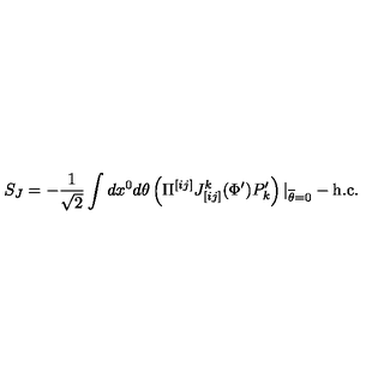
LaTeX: S _ { J } = - { \frac { 1 } { \sqrt 2 } } \int d x ^ { 0 } d \theta \left( \Pi ^ { [ i j ] } J _ { [ i j ] } ^ { k } ( \Phi ^ { \prime } ) P _ { k } ^ { \prime } \right) | _ { \overline { { \theta } } = 0 } - \mathrm { h . c . }